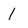
Character: 1